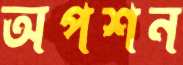
অপশন